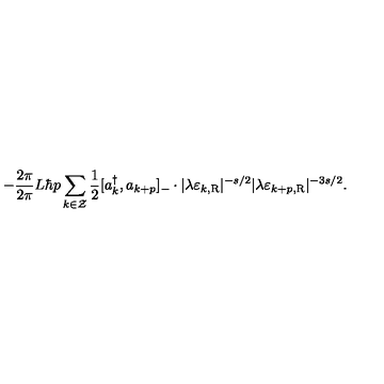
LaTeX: - \frac { 2 \pi } { 2 \pi } { L } \hbar p \sum _ { k \in \cal Z } \frac { 1 } { 2 } [ a _ { k } ^ { \dagger } , a _ { k + p } ] _ { - } \cdot | \lambda \varepsilon _ { k , \mathrm { R } } | ^ { - s / 2 } | \lambda \varepsilon _ { k + p , \mathrm { R } } | ^ { - { 3 s } / 2 } .